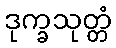
ဒုက္ခသုတ္တံ